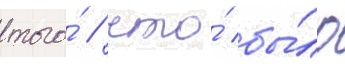
того́ / что́ бы́ло